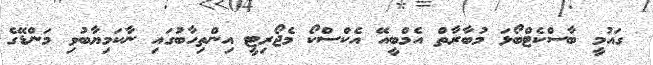
ގައުމީ ބާސްކެޓްބޯޅަ މުބާރާތް އެމްބީއޭ އެކްސްކޯ މެޖޯރިޓީ އިންތިހާބުގައި ނާކަމިޔާބުވި މަންޑޭގެ